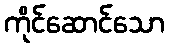
ကိုင်ဆောင်သော